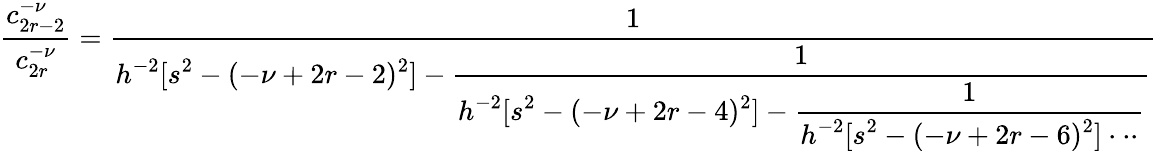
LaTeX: \frac{c_{2r-2}^{-\nu}}{c_{2r}^{-\nu}}=\frac{1}{\displaystyle h^{-2}[s^{2}-(-\nu+2r-2)^{2}]-\frac{1}{\displaystyle h^{-2}[s^{2}-(-\nu+2r-4)^{2}]-\frac{1}{\displaystyle h^{-2}[s^{2}-(-\nu+2r-6)^{2}]\cdot\cdot\cdot}}}